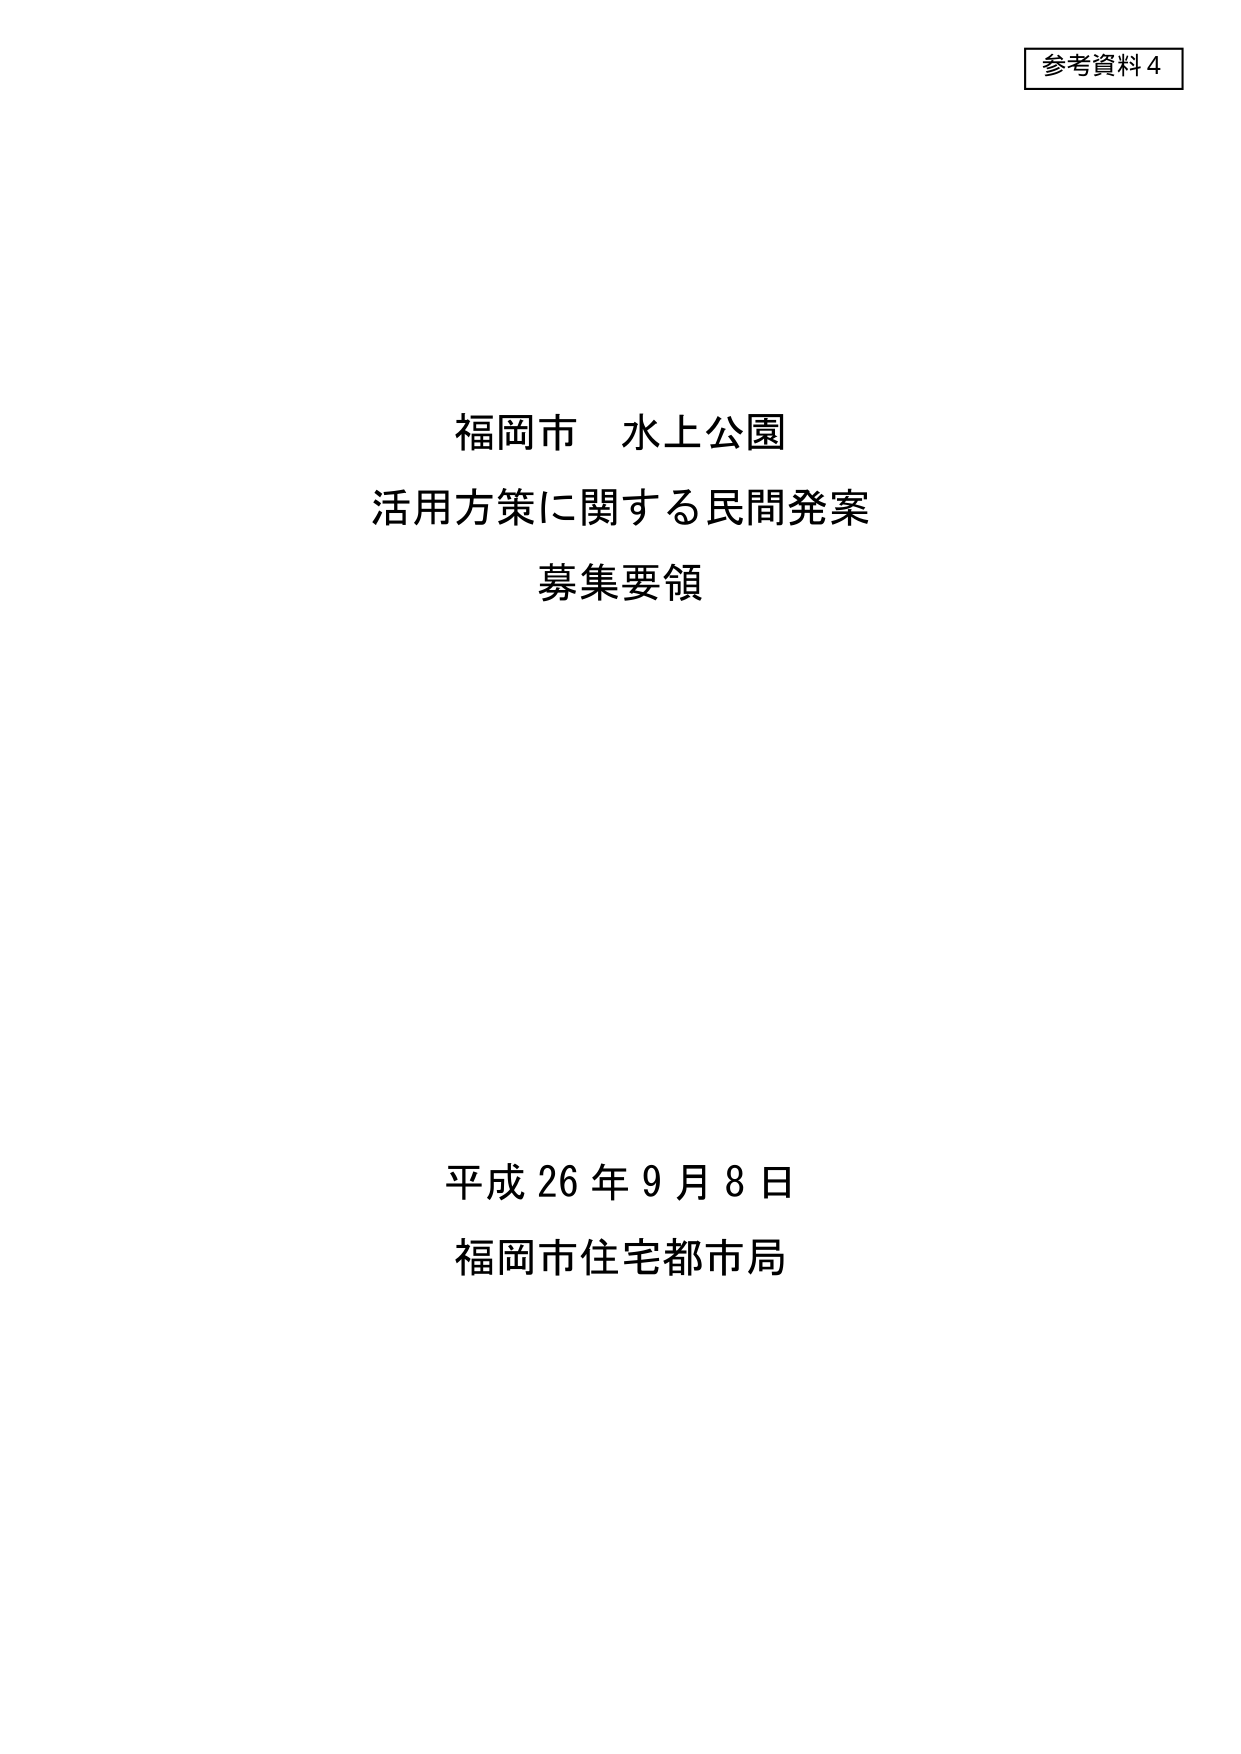
参考資料4

福岡市 水上公園
活用方策に関する民間発案
募集要領

平成26年9月8日
福岡市住宅都市局